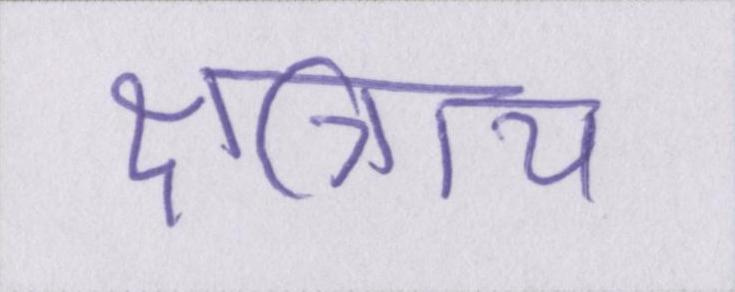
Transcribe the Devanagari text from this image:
क्षत्रिाय